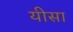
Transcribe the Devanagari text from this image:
यीसा